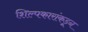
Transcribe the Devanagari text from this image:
शिल्पकारांकडून